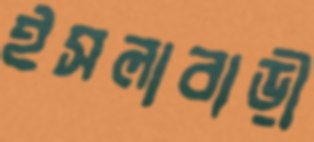
ইসলাবাড়ী